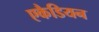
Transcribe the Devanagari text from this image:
एकैडियन